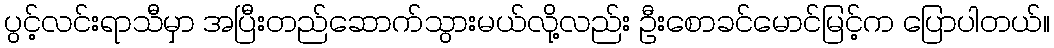
ပွင့်လင်းရာသီမှာ အပြီးတည်ဆောက်သွားမယ်လို့လည်း ဦးစောခင်မောင်မြင့်က ပြောပါတယ်။